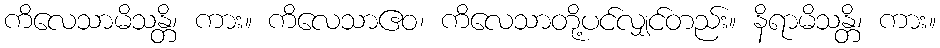
ကိလေသာမိသန္တိ၊ ကား။ ကိလေသာဧဝ၊ ကိလေသာတို့ပင်လျှင်တည်း။ နိရာမိသန္တိ၊ ကား။